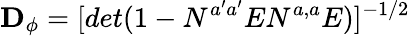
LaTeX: {\mathbf D_{\phi}}=[det(1-N^{a^{\prime}a^{\prime}}EN^{a,a}E)]^{-1/2}\, \,